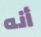
أنه